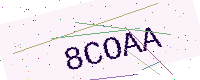
Text: 8COAA